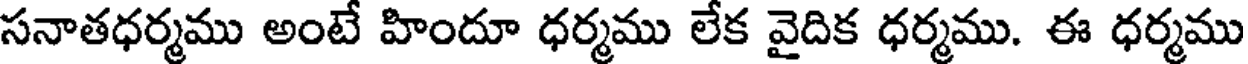
సనాతధర్మము అంటే హిందూ ధర్మము లేక వైదిక ధర్మము. ఈ ధర్మము